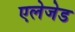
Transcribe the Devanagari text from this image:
एलेजेड